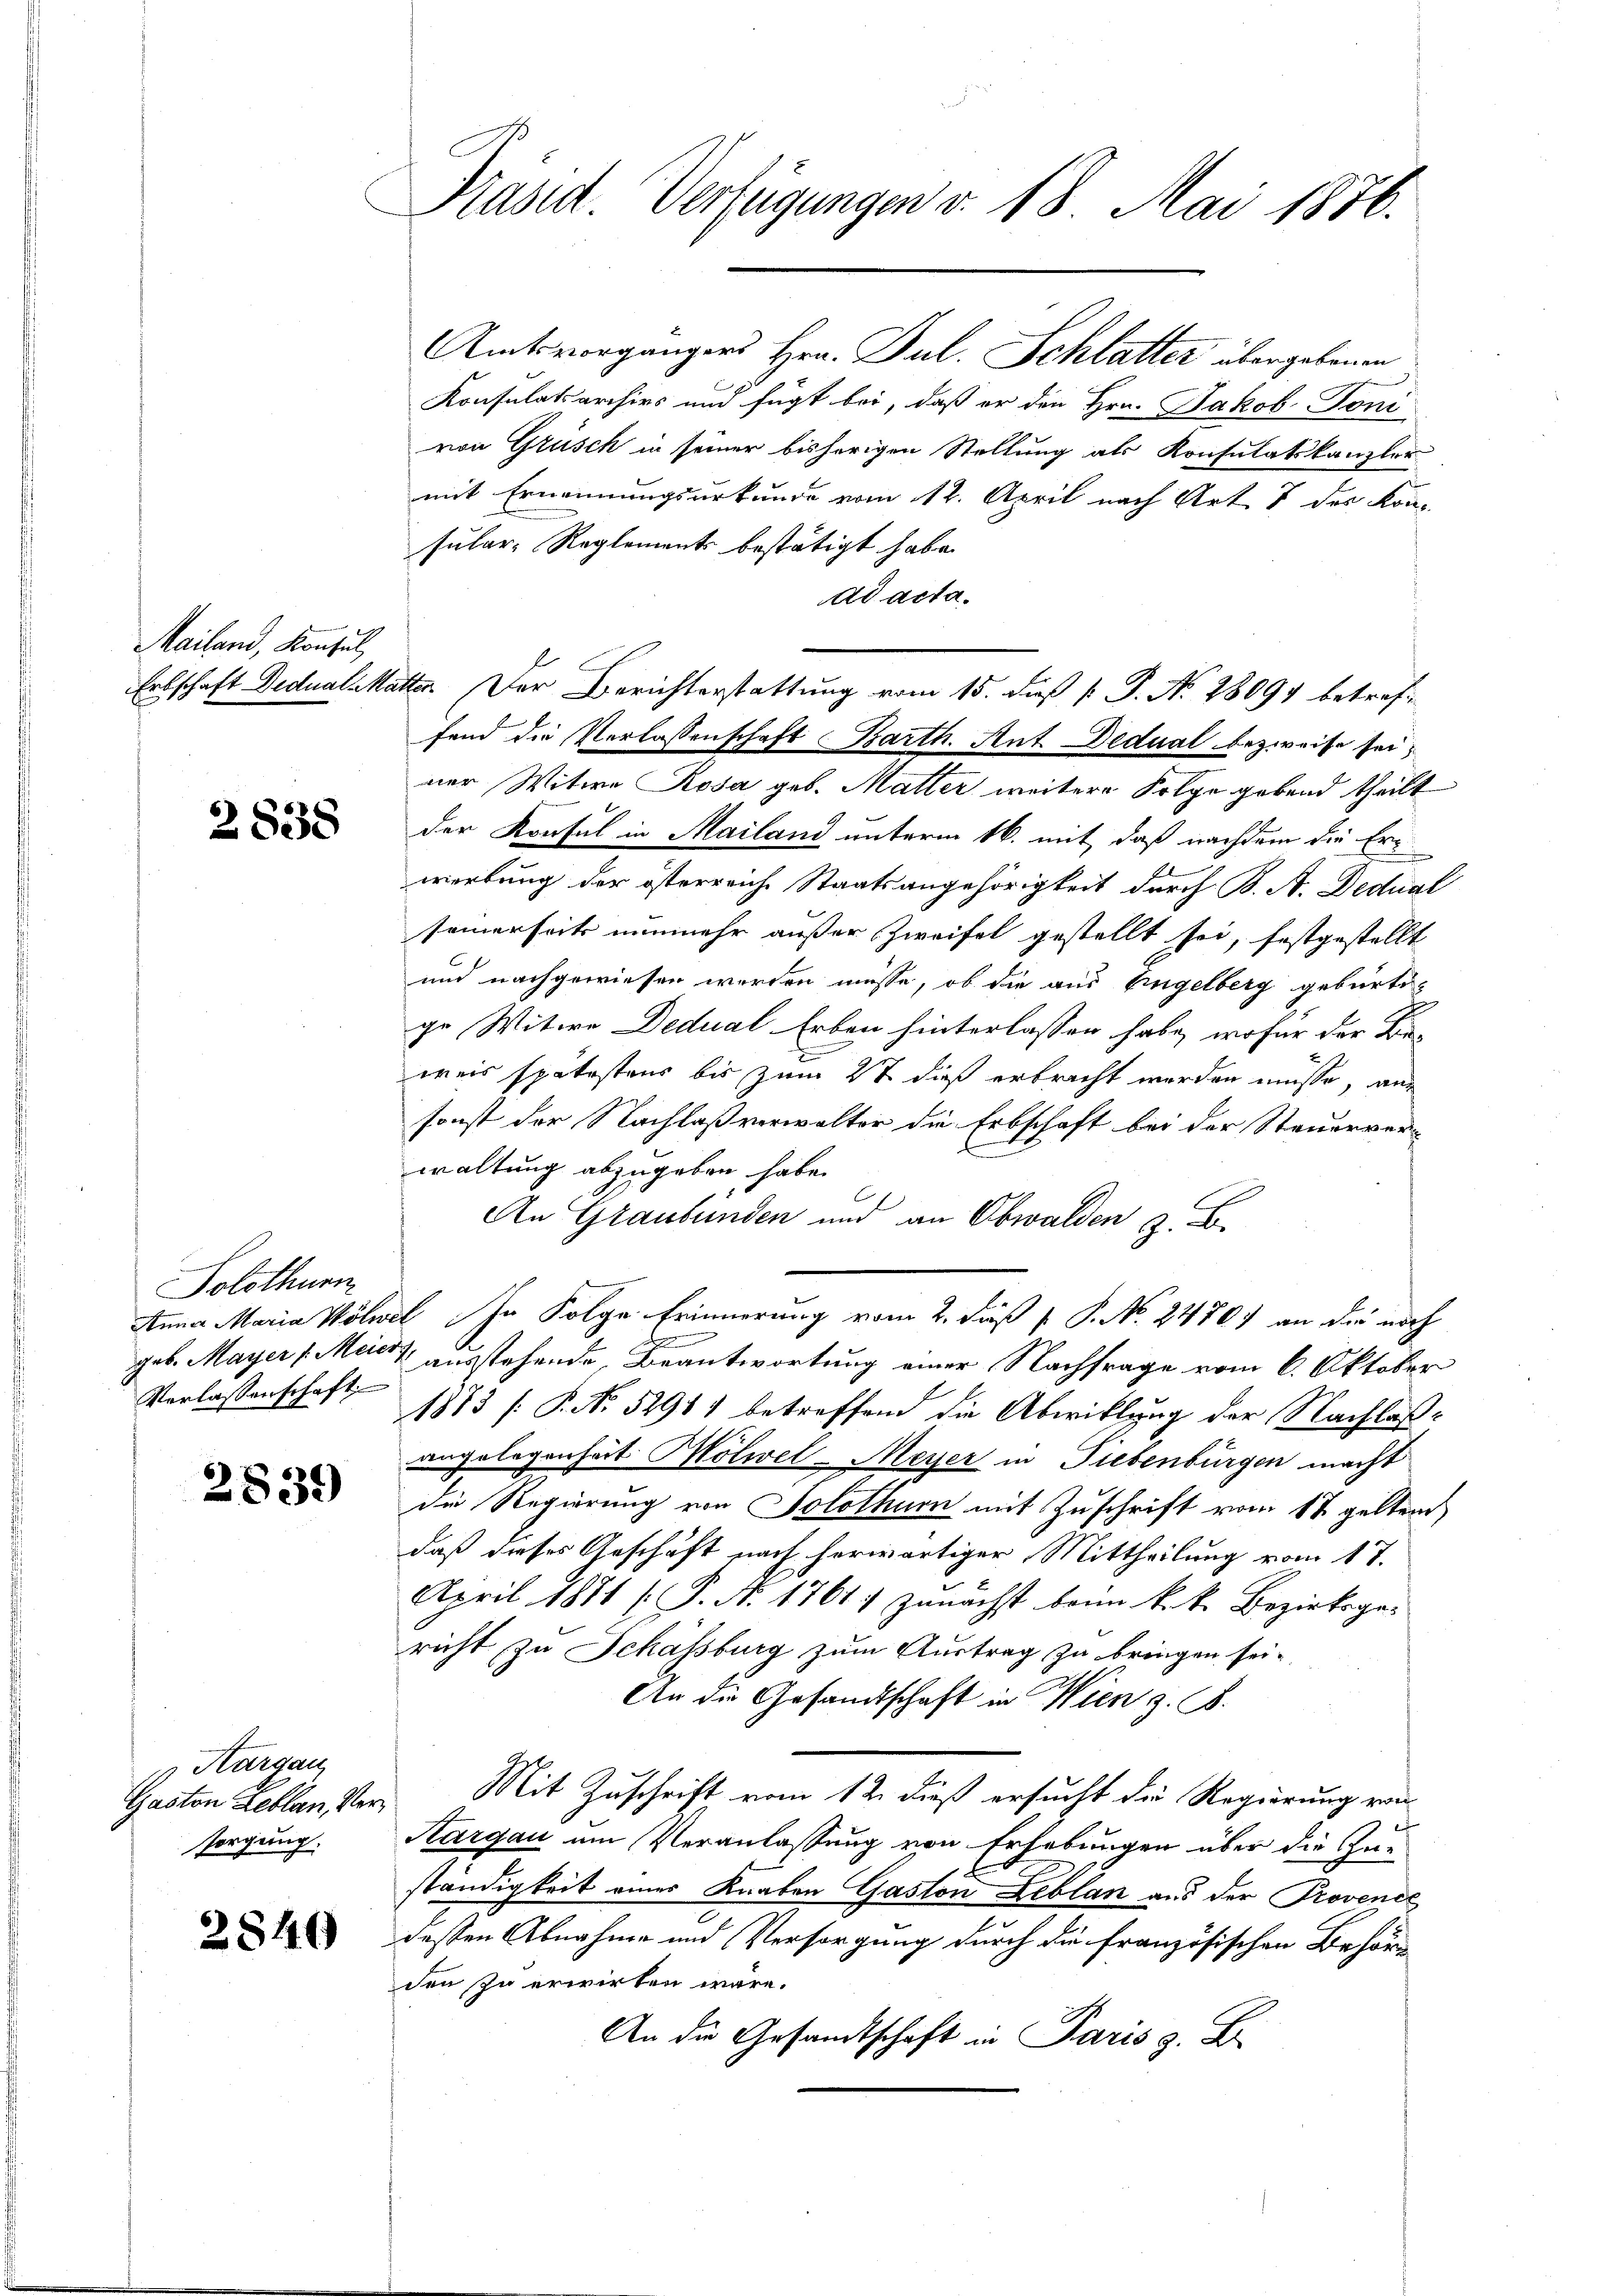
Mailand, Konsul,

2838

Solothurn
Verlassenschaft

2839

Hargau,
Gaston Leblau Versorgung.

2840

Präsid. Verfügungen v. 18. Mai 1876.

Amtsvorgängers Hrn. Jul. Schlatter übergebenen
n
Konsulatsarchivs und fügt bei, daß er den Hrn. Jakob-Toni
von Grüsch in seiner bisherigen Stellung als Konsulatskanzler
mit Ernennungsurkunde vom 12. April nach Art. 8 des Konsular- Reglements bestätigt habe.
ad acta.
fend die Verlassenschaft Barth. Ant. Dedual bezweife sei,
ner Witwe Rosa geb. Malter weitere Folge gebend theilt
der Konsul in Mailand unterm 16. mit, daß nachdem die Er
werbung der österreiche Staatsangehörigkeit durch B. A. Dedual
seinerseits nunmehr außer Zweifel gestellt sei, festgestellt
und nachgewiesen werden müsse, ob die aus Eingelberg gebürti-
ge Witwe Dedual Erben hinterlassen habe, wofür der Beweis spätestens bis zum 2t dieß erbracht werden müsse, an
sonst der Nachlaß verwalter die Erbschaft bei der Steuerverwaltung abzugeben habe.
C
An Graubünden und an Obwalden 2. B.
Anna Maria Wölwel In Folge Erinnerung vom 2. daß P. P. No. 24701 an die noch
.
geb. Mayer (Meist ausstehende Beantwortung einer Nachfrage vom 6. Oktober
1873 [P. No. 5291) betreffend die Abwicklung der Nachlaßangelegenheit Mölwel-Meyer in Fiebenburgen macht
die Regierung von Solothurn mit Zuschrift vom 17 gelten
daß dieses Geschäft nach herwärtiger Mittheilung vom 17.
April 1881 [P. N. 1761) zunächst beim k.k. Bezirksgericht zu Schätsburg zum Austrag zu bringen sei.
An die Gesandtschaft in Wien z. B.
Mit Zuschrift vom 12. dieß ersucht die Regierung von
Aargau um Veranlassung von Erhebungen über die Zu-
ständigkeit einer Knaben Gaston Leblan aus der Provenet
dessen Abnahme und Versorgung durch die französischen Behör-
den zu erwirken wäre.
An die Gesandtschaft in Paris z. B.

Erbschaft Dedualstatter. Der Berichterstattung vom 15. dieß P. P. Nr. 28091 betref¬